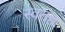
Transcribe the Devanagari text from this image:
स्वतह